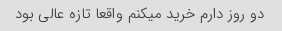
دو روز دارم خرید میکنم واقعا تازه عالی بود